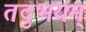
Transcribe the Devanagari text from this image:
तदुभयम्